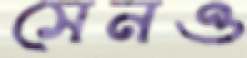
সেনও